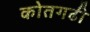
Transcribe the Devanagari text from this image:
कोतगढी